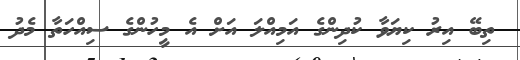
ތިބޭ އިރު ކިޔަވާ ކުދިންގެ އަމިއްލަ އަށް އެ މީހުންގެ ސިއްހަތާ މެދު